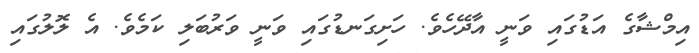
އިމްޝާގެ އަޑުގައި ވަނީ އާދޭހެވެ. ހަށިގަނޑުގައި ވަނީ ވަރުބަލި ކަމެވެ. އެ ލޮލުގައި